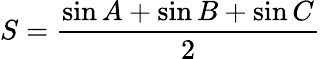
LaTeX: S={\frac{\sin A+\sin B+\sin C}{2}}